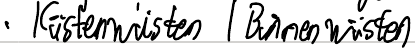
- Küstenwüsten / Binnenwüsten